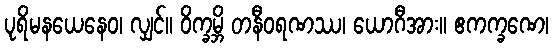
ပုရိမနယေနေဝ၊ လျှင်။ ဝိက္ခမ္ဘိ တနီဝရဏဿ၊ ယောဂီအား။ ဧကက္ခဏေ၊